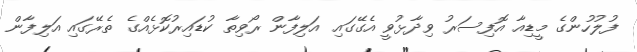
ފުލުހުންގެ މީޑިއާ އޮފިސަރު ވިދާޅުވީ އެގޭގައި އަލިފާން ރޯވިތާ ކުޑައިރުކޮޅެއްގެ ތެރޭގައި އަލިފާން